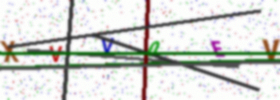
Text: XVV0EV